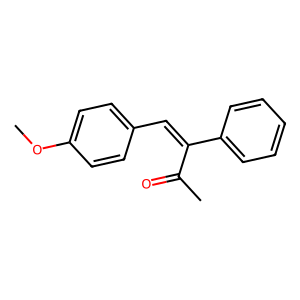
SMILES: COc1ccc(C=C(C(C)=O)c2ccccc2)cc1
Inhibits HIV replication: No